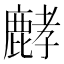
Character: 𪊷